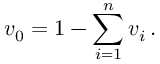
v _ { 0 } = 1 - \sum _ { i = 1 } ^ { n } v _ { i } \, .